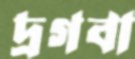
দ্রগবা